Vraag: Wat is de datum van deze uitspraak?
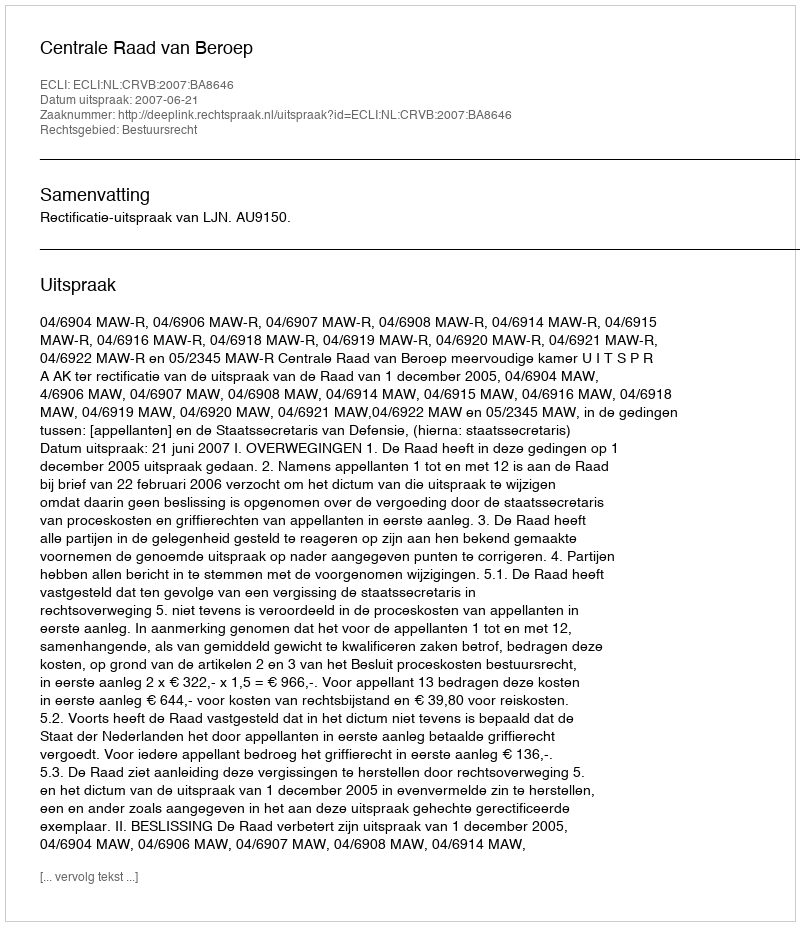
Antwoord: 2007-06-21